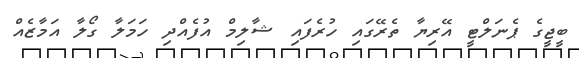
ބީޖީގެ ޕެނަލްޓީ އޭރިޔާ ތެރޭގައި ހުރެފައި ޝާލިމް އުފެއްދި ހަމަލާ ގޯލާ އަމާޒެއް